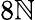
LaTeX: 8\mathbb{N}